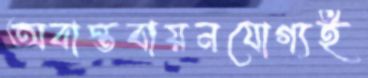
অবাস্তবায়নযোগ্যই